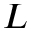
L